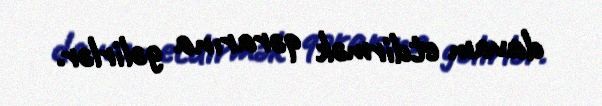
davam etdirmək qərarına gəlirlər.